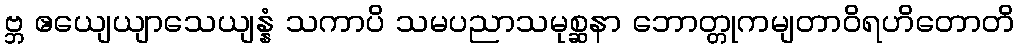
ဗ္ဘ ဧယျေယျာသေယျန္နံ သကာပိ သမပညာသမုစ္ဆနာ ဘောတ္တုကမျတာဝိရဟိတောတိ